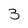
Character: 3